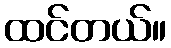
ထင်တယ်။